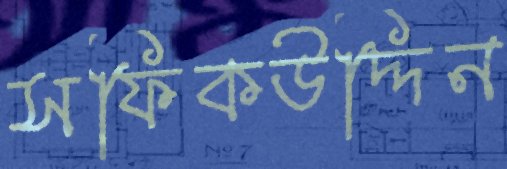
সফিকউদ্দিন